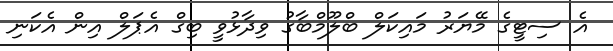
އެ ސިޓީގެ މޭޔަރު މައިކަލް ބްލޫމްބާގު ވިދާޅުވީ ބިގް އެޕަލް އިން އެކަނި